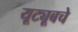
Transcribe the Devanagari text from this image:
यूट्यूबचे